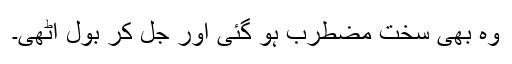
وہ بھی سخت مضطرب ہو گئی اور جل کر بول اٹھی۔